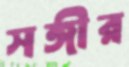
সঙ্গীর